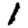
Digit: 1